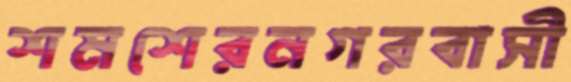
শমশেরনগরবাসী